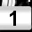
Digit: 1